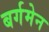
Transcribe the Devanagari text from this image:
बर्गमेन